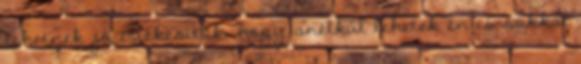
lehetnek jó értékesítők, hogy anélkül lehetek én is sokkal